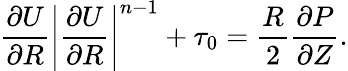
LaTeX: \frac{\partial U}{\partial R}\left|\frac{\partial U}{\partial R}\right|^{n-1}+\tau_{0}=\frac{R}{2}\frac{\partial P}{\partial Z}.